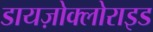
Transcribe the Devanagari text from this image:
डायज़ोक्लोराइड